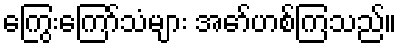
ကြွေးကြော်သံများ အော်ဟစ်ကြသည်။